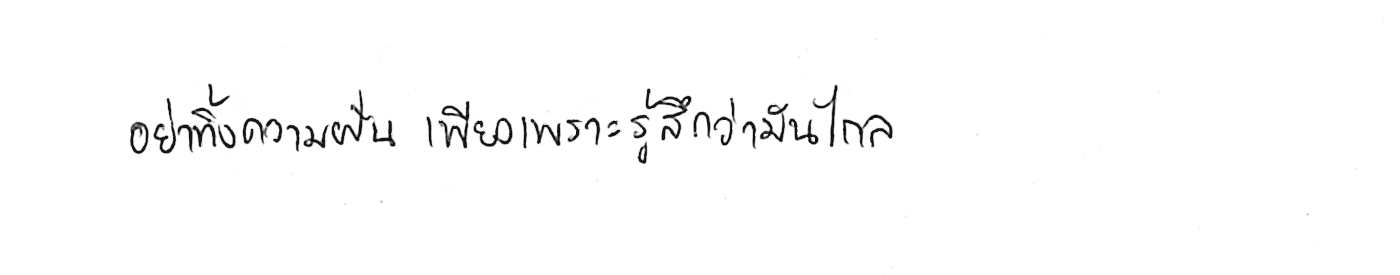
อย่าทิ้งความฝัน เพียงเพราะรู้สึกว่ามันไกล